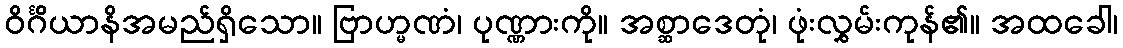
ဝိင်္ဂိယာနိအမည်ရှိသော။ ဗြာဟ္မဏံ၊ ပုဏ္ဏားကို။ အစ္ဆာဒေတုံ၊ ဖုံးလွှမ်းကုန်၏။ အထခေါ၊